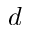
d